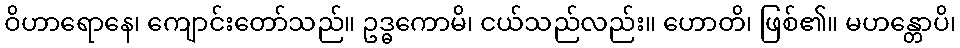
ဝိဟာရောနေ၊ ကျောင်းတော်သည်။ ဥဒ္ဓကောမိ၊ ငယ်သည်လည်း။ ဟောတိ၊ ဖြစ်၏။ မဟန္တောပိ၊